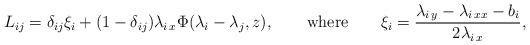
\begin{align*}L_{ij}=\delta_{ij}\xi_i+(1-\delta_{ij}) \lambda_{i\,x}\Phi(\lambda_i-\lambda_j,z),\qquad\mbox{where}\qquad\xi_i=\frac{\lambda_{i\,y}-\lambda_{i\,xx}-b_i}{2\lambda_{i\,x}},\end{align*}